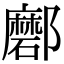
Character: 𨟖